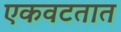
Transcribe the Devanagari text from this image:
एकवटतात